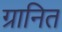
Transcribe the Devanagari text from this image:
ग्रानित